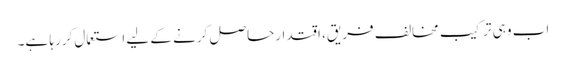
اب وہی ترکیب مخالف فریق، اقتدارحاصل کرنے کے لیے استعمال کررہا ہے۔